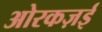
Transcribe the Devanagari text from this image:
ओरकज़ई